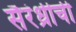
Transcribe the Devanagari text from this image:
सैरंध्रीची